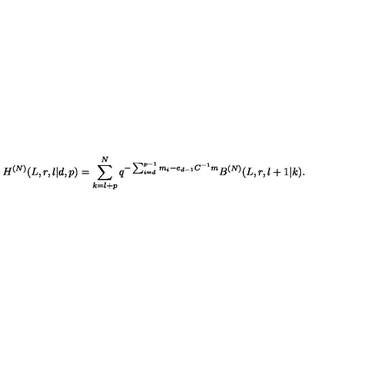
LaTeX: H ^ { ( N ) } ( L , r , l | d , p ) = \sum _ { k = l + p } ^ { N } q ^ { - \sum _ { i = d } ^ { p - 1 } m _ { i } - e _ { d - 1 } C ^ { - 1 } m } B ^ { ( N ) } ( L , r , l + 1 | k ) .